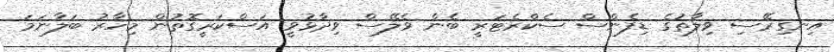
އިނގިރޭސި ވިލާތުގެ ޑިފެންސް ސެކްރެޓަރީ ބެން ވެލޭސް ވިދާޅުވީ އަސްކަރީގޮތުން މިހާރު ބަލާނަމަ